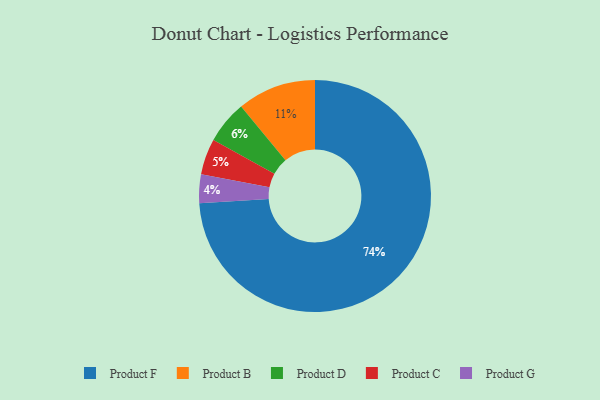
{"axis": {"x": "Category", "y": "Percentage"}, "legend": ["Product B", "Product C", "Product D", "Product F", "Product G"], "data": [{"x": "Product F", "y": 74, "type": "Product F"}, {"x": "Product B", "y": 11, "type": "Product B"}, {"x": "Product D", "y": 6, "type": "Product D"}, {"x": "Product C", "y": 5, "type": "Product C"}, {"x": "Product G", "y": 4, "type": "Product G"}]}